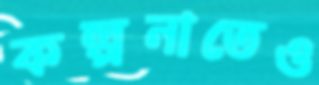
কল্পনাতেও